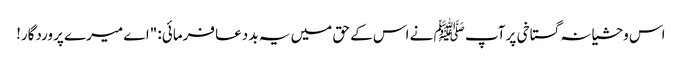
اس وحشیانہ گستاخی پر آپ ﷺ نے اس کے حق میں یہ بد دعا فرمائی: "اے میرے پروردگار!